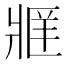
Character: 𬌄